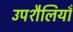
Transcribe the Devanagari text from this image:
उपशैलियाँ